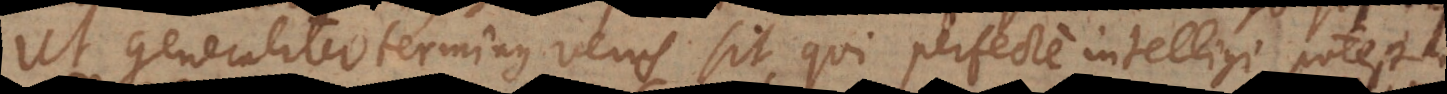
Ut generaliter terminus verus sit, qui perfecte intelligi potest